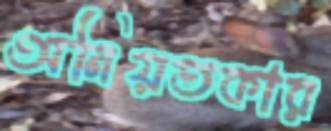
অনিয়তকার